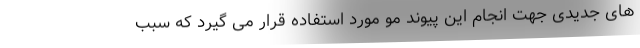
های جدیدی جهت انجام این پیوند مو مورد استفاده قرار می گیرد که سبب